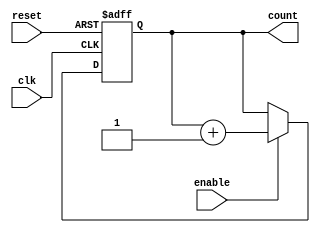
module binary_counter (
    input wire clk,          // Clock signal
    input wire reset,        // Asynchronous reset signal
    input wire enable,       // Enable signal
    output reg [3:0] count   // 4-bit output count
);

// Always block triggered on the clock edge
always @(posedge clk or posedge reset) begin
    if (reset) begin
        // Asynchronous reset: set count to 0
        count <= 4'b0000;
    end else if (enable) begin
        // Increment count if enable is high
        count <= count + 1;
    end
end

endmodule